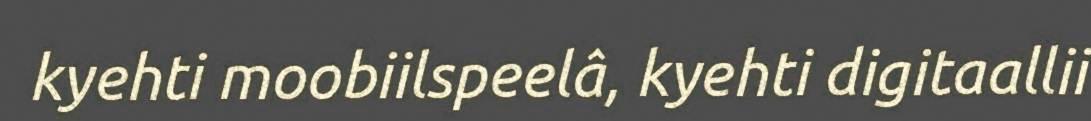
kyehti moobiilspeelâ, kyehti digitaallii